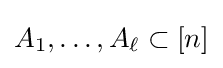
A_{1},\dots ,A_{\ell }\subset [n]